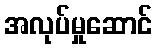
အလုပ်မှုဆောင်